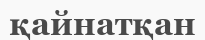
қайнатқан